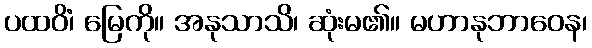
ပထဝိံ၊ မြေကို။ အနုသာသိ၊ ဆုံးမ၏။ မဟာနုဘာဝေန၊